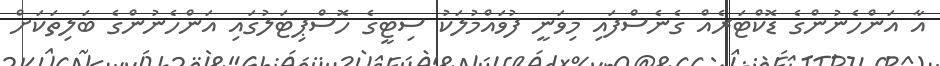
އާ އަންހެނުންގެ ޑޮކްޓަރެއް ގެނެސްފައި މިވަނީ ފުވައްމުލަކު ސިޓީގެ ހޮސްޕިޓަލުގައި އަންހެނުންގެ ބަލިތަކަށް